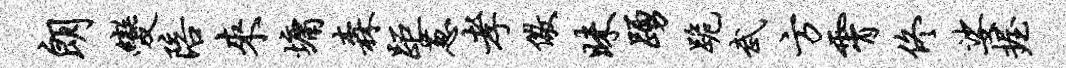
朗变陪来墉森距葱孝儆昧踊跪武方霄佟娑握